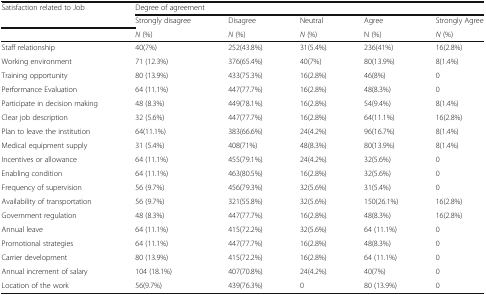
<table><thead><tr><td rowspan="2"><b>Satisfaction related to Job</b></td><td colspan="5"><b>Degree of agreement</b></td></tr><tr><td><b>Strongly disagree</b></td><td><b>Disagree</b></td><td><b>Neutral</b></td><td><b>Agree</b></td><td><b>Strongly Agree</b></td></tr><tr><td></td><td><b><i>N</i> (%)</b></td><td><b><i>N</i> (%)</b></td><td><b><i>N</i> (%)</b></td><td><b>N (%)</b></td><td><b><i>N</i> (%)</b></td></tr></thead><tbody><tr><td>Staff relationship</td><td>40(7%)</td><td>252(43.8%)</td><td>31(5.4%)</td><td>236(41%)</td><td>16(2.8%)</td></tr><tr><td>Working environment</td><td>71 (12.3%)</td><td>376(65.4%)</td><td>40(7%)</td><td>80(13.9%)</td><td>8(1.4%)</td></tr><tr><td>Training opportunity</td><td>80 (13.9%)</td><td>433(75.3%)</td><td>16(2.8%)</td><td>46(8%)</td><td>0</td></tr><tr><td>Performance Evaluation</td><td>64 (11.1%)</td><td>447(77.7%)</td><td>16(2.8%)</td><td>48(8.3%)</td><td>0</td></tr><tr><td>Participate in decision making</td><td>48 (8.3%)</td><td>449(78.1%)</td><td>16(2.8%)</td><td>54(9.4%)</td><td>8(1.4%)</td></tr><tr><td>Clear job description</td><td>32 (5.6%)</td><td>447(77.7%)</td><td>16(2.8%)</td><td>64(11.1%)</td><td>16(2.8%)</td></tr><tr><td>Plan to leave the institution</td><td>64(11.1%)</td><td>383(66.6%)</td><td>24(4.2%)</td><td>96(16.7%)</td><td>8(1.4%)</td></tr><tr><td>Medical equipment supply</td><td>31 (5.4%)</td><td>408(71%)</td><td>48(8.3%)</td><td>80(13.9%)</td><td>8(1.4%)</td></tr><tr><td>Incentives or allowance</td><td>64 (11.1%)</td><td>455(79.1%)</td><td>24(4.2%)</td><td>32(5.6%)</td><td>0</td></tr><tr><td>Enabling condition</td><td>64 (11.1%)</td><td>463(80.5%)</td><td>16(2.8%)</td><td>32(5.6%)</td><td>0</td></tr><tr><td>Frequency of supervision</td><td>56 (9.7%)</td><td>456(79.3%)</td><td>32(5.6%)</td><td>31(5.4%)</td><td>0</td></tr><tr><td>Availability of transportation</td><td>56 (9.7%)</td><td>321(55.8%)</td><td>32(5.6%)</td><td>150(26.1%)</td><td>16(2.8%)</td></tr><tr><td>Government regulation</td><td>48 (8.3%)</td><td>447(77.7%)</td><td>16(2.8%)</td><td>48(8.3%)</td><td>16(2.8%)</td></tr><tr><td>Annual leave</td><td>64 (11.1%)</td><td>415(72.2%)</td><td>32(5.6%)</td><td>64 (11.1%)</td><td>0</td></tr><tr><td>Promotional strategies</td><td>64 (11.1%)</td><td>447(77.7%)</td><td>16(2.8%)</td><td>48(8.3%)</td><td>0</td></tr><tr><td>Carrier development</td><td>80 (13.9%)</td><td>415(72.2%)</td><td>16(2.8%)</td><td>64 (11.1%)</td><td>0</td></tr><tr><td>Annual increment of salary</td><td>104 (18.1%)</td><td>407(70.8%)</td><td>24(4.2%)</td><td>40(7%)</td><td>0</td></tr><tr><td>Location of the work</td><td>56(9.7%)</td><td>439(76.3%)</td><td>0</td><td>80 (13.9%)</td><td>0</td></tr></tbody></table>